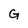
Character: G